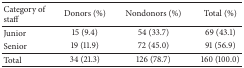
<table><thead><tr><td><b>Category of staff</b></td><td><b>Donors (%)</b></td><td><b>Nondonors (%)</b></td><td><b>Total (%)</b></td></tr></thead><tbody><tr><td>Junior</td><td>15 (9.4)</td><td>54 (33.7)</td><td>69 (43.1)</td></tr><tr><td>Senior</td><td>19 (11.9)</td><td>72 (45.0)</td><td>91 (56.9)</td></tr><tr><td>Total</td><td>34 (21.3)</td><td>126 (78.7)</td><td>160 (100.0)</td></tr></tbody></table>